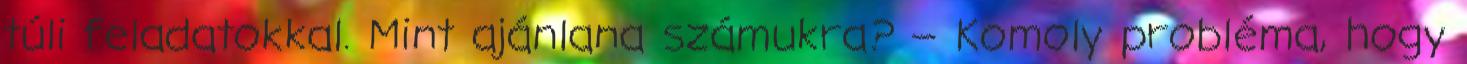
túli feladatokkal. Mint ajánlana számukra? – Komoly probléma, hogy